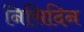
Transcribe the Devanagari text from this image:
निसिदिन